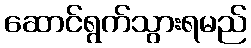
ဆောင်ရွက်သွားရမည်